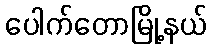
ပေါက်တောမြို့နယ်